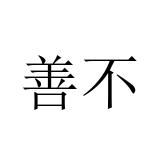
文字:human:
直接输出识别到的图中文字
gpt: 善不